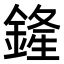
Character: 𨩰